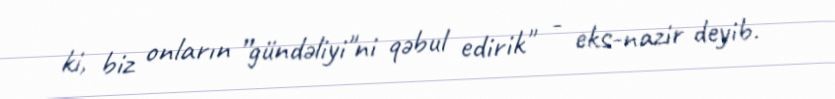
ki, biz onların ”gündəliyi"ni qəbul edirik" - eks-nazir deyib.